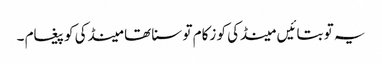
یہ تو بتائیں مینڈکی کو زکام تو سنا تھا مینڈکی کو پیغام ۔